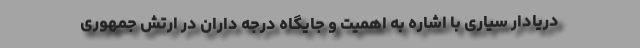
دریادار سیاری با اشاره به اهمیت و جایگاه درجه داران در ارتش جمهوری